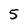
Character: 5